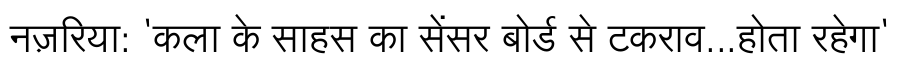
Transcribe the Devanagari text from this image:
नज़रिया: 'कला के साहस का सेंसर बोर्ड से टकराव...होता रहेगा'